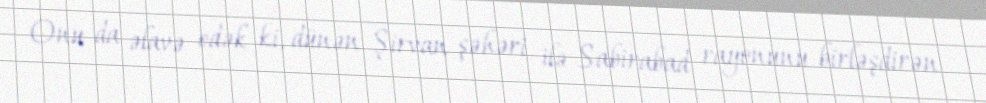
Onu da əlavə edək ki, dünən Şirvan şəhəri ilə Sabirabad rayonunu birləşdirən